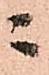
ニ